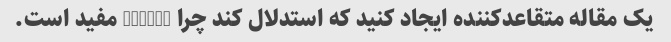
یک مقاله متقاعدکننده ایجاد کنید که استدلال کند چرا <mask> مفید است.